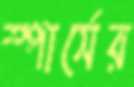
স্পার্সের